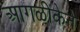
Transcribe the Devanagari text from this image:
आगळीकेने